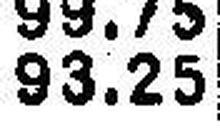
93.25